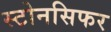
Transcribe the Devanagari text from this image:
स्टोनसिफर